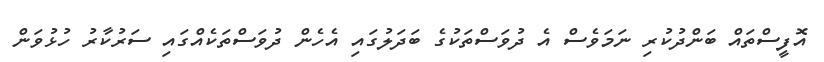
އޮފީސްތައް ބަންދުކުރި ނަމަވެސް އެ ދުވަސްތަކުގެ ބަދަލުގައި އެހެން ދުވަސްތަކެއްގައި ސަރުކާރު ހުޅުވަން